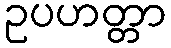
ဥပဟတ္တာ